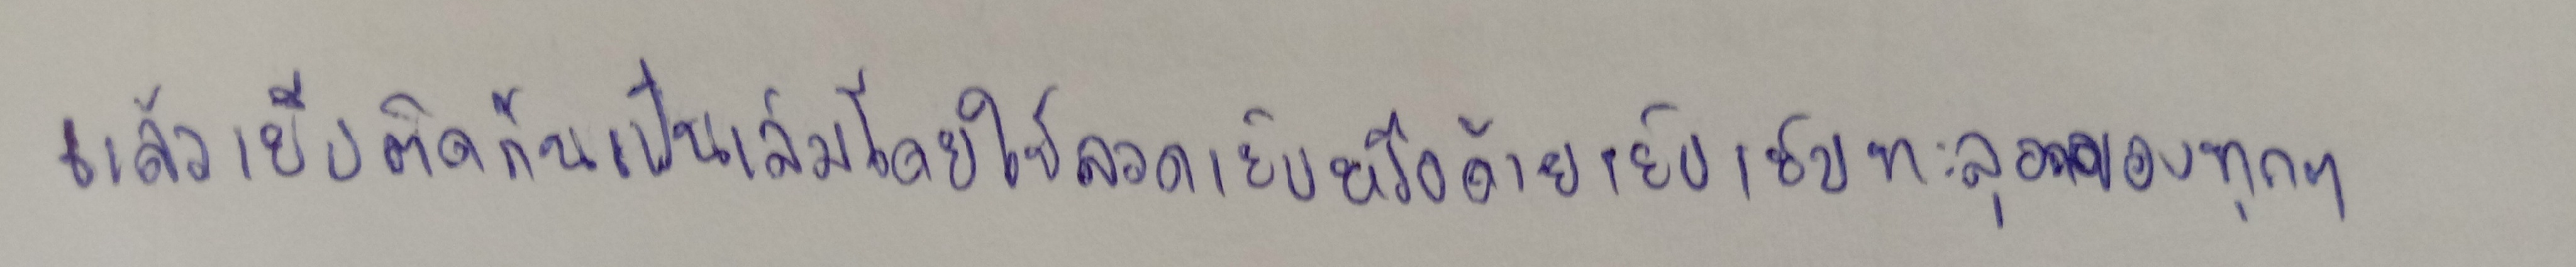
แล้วเย็บติดกันเป็นเล่มโดยใช้ลวดเย็บหรือด้ายเย็บเย็บทะลุอกของทุกๆ